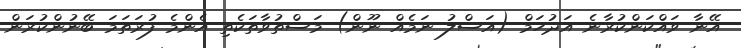
އޭނާ ވައްކަންކުރާނެ އަދުހަމް (އަސްލު ނަމެއް ނޫން) މަސްތުވާތަކެތި އެންމެ ފުރަތަމަ ބޭނުންކުރަން